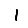
Digit: 1